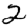
Digit: 2